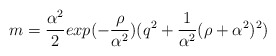
\begin{align*}m={\alpha^{2} \over 2} exp(-{ \rho \over \alpha^{2}}) (q^{2} +{1 \over\alpha^{2}}(\rho + { \alpha^{2} })^{2})\end{align*}